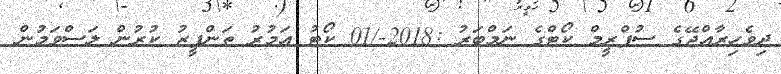
ދިވެހިރާއްޖޭގެ ސުޕްރީމް ކޯޓްގެ ނަމްބަރު :2018-/01 ކޯޓު އަމުރު ތަންފީޒު ކުރުން ލަސްވަމުން